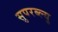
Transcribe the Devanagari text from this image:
सुपरब्ल्यु